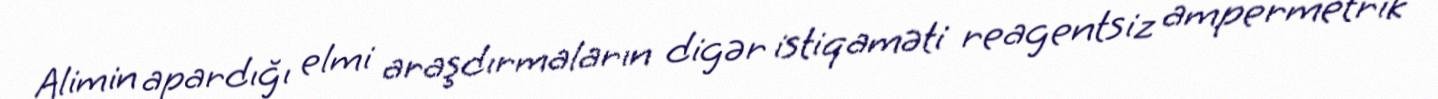
Alimin apardığı elmi araşdırmaların digər istiqaməti reagentsiz ampermetrik